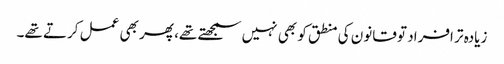
زیادہ تر افراد تو قانون کی منطق کو بھی نہیں سمجھتے تھے، پھر بھی عمل کرتے تھے۔